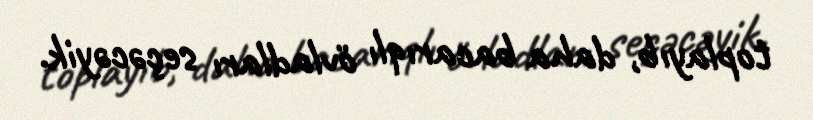
toplayıb, daha bacarıqlı övladları seçəcəyik.